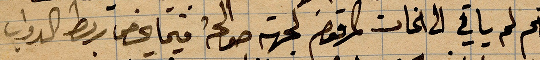
حام لم يأتي الى الخام المرقوم لجهة صوالحة فيما خص ربط الدواب